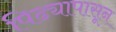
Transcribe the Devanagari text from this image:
पिढ्यापासून